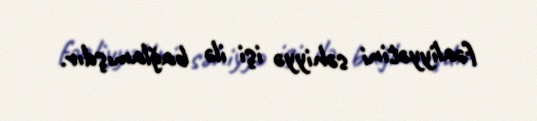
fəaliyyətini səhiyyə işi ilə bağlamışdır.